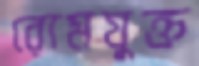
রোমযুক্ত